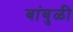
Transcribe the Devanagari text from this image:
बांबुळी